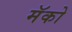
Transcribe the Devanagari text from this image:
मॅको